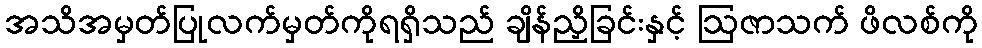
အသိအမှတ်ပြုလက်မှတ်ကိုရရှိသည် ချိန်ညှိခြင်းနှင့် ဩဇာသက် ဖိလစ်ကို